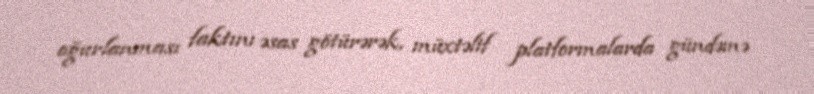
oğurlanması faktını əsas götürərək, müxtəlif platformalarda gündəmə